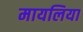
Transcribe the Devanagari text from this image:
मायलिया